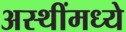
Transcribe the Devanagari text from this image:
अस्थींमध्ये